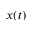
x ( t )